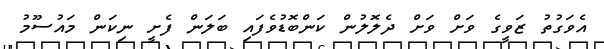
އެވަގުތު ޒަވީގެ ވަށް ވަށް ދެލޮލުން ކަންބޮޑުވެފައި ބަަލަން ފެށީ ނިކަން މައުސޫމު